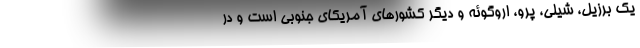
یک برزیل، شیلی، پرو، اروگوئه و دیگر کشورهای آمریکای جنوبی است و در